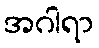
အဂါရာ